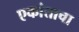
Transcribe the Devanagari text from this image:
एकांताचा